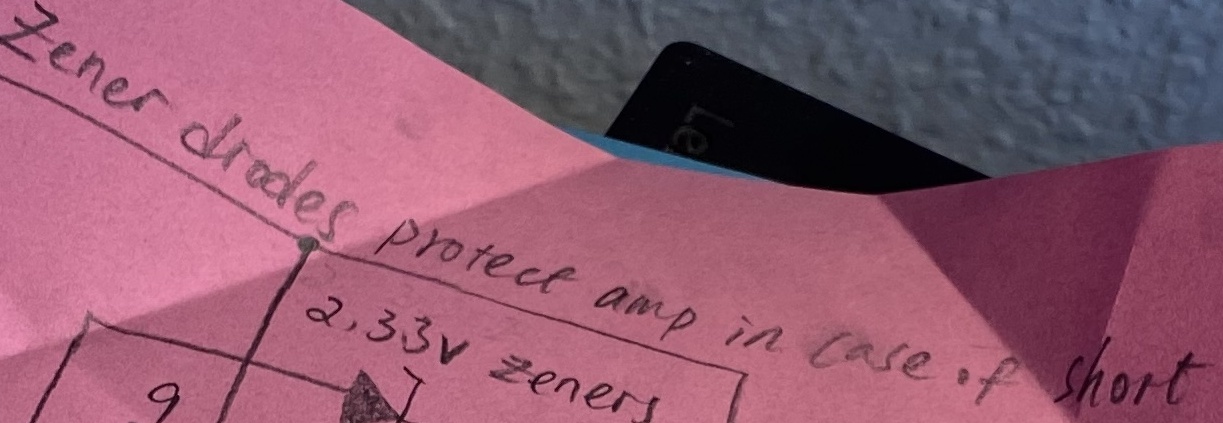
Text: zener diodes protect amp in case of short